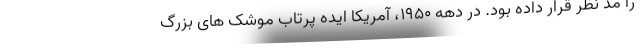
را مد نظر قرار داده بود. در دهه 1950، آمریکا ایده پرتاب موشک های بزرگ